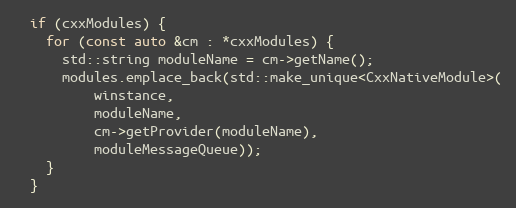
Language: C++
  if (cxxModules) {
    for (const auto &cm : *cxxModules) {
      std::string moduleName = cm->getName();
      modules.emplace_back(std::make_unique<CxxNativeModule>(
          winstance,
          moduleName,
          cm->getProvider(moduleName),
          moduleMessageQueue));
    }
  }